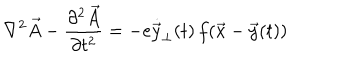
\nabla ^ { 2 } \vec { A } - { \frac { \partial ^ { 2 } \vec { A } } { \partial t ^ { 2 } } } = - e \dot { \vec { y } } _ { \perp } ( t ) \, f ( \vec { x } - \vec { y } ( t ) )